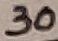
Text: 30